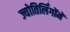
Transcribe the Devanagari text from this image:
ज्योतिर्लिंगोंमें